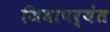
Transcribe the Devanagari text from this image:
जिवापर्यंत